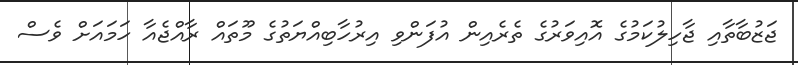
ޖަޒުބާތާއި ޖާހިލުކަމުގެ އޮއިވަރުގެ ތެރެއިން އުފަންވި އިރުހާބިއްޔަތުގެ މޫތައް ރާއްޖެއާ ހަމައަށް ވެސް